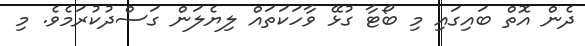
ދެން އޮތް ބައިގައި މި ބޯޓާ ގުޅޭ ވާހަކަތައް ލިޔެލަން ގަސްދުކުރަމެވެ. މި